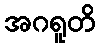
အဂရူတိ